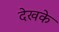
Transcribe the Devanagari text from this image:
देखके